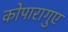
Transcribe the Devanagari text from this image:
कोपारागुए